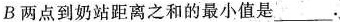
B两点到奶站距离之和的最小值是___.